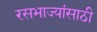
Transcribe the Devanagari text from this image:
रसभाज्यांसाठी